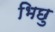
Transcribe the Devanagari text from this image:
भिछु